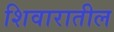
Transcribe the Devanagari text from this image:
शिवारातील